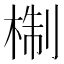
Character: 𭪩